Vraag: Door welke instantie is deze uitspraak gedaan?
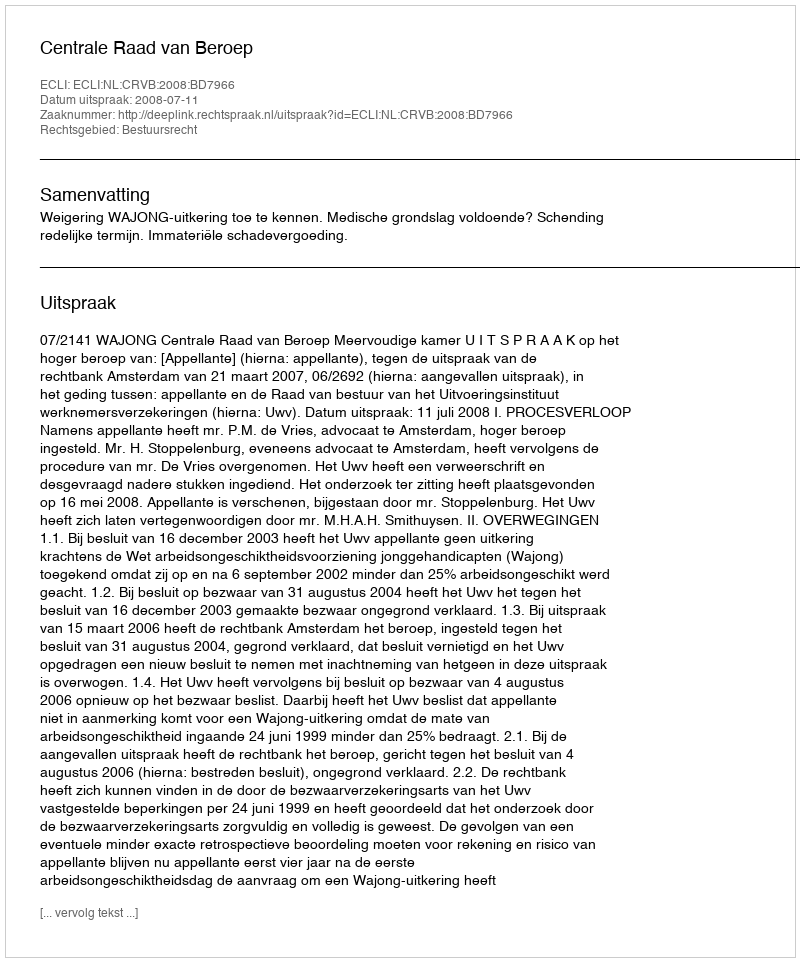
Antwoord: Centrale Raad van Beroep